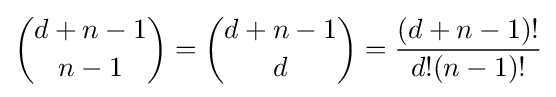
{\binom {d+n-1}{n-1}}={\binom {d+n-1}{d}}={\frac {(d+n-1)!}{d!(n-1)!}}